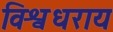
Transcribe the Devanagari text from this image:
विश्वधराय